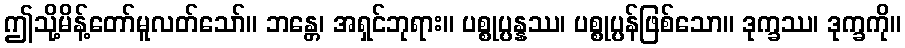
ဤသို့မိန့်တော်မူလတ်သော်။ ဘန္တေ၊ အရှင်ဘုရား။ ပစ္စုပ္ပန္နဿ၊ ပစ္စုပ္ပန်ဖြစ်သော။ ဒုက္ခဿ၊ ဒုက္ခကို။